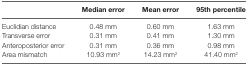
<table><thead><tr><td></td><td><b>Median error</b></td><td><b>Mean error</b></td><td><b>95th percentile</b></td></tr></thead><tbody><tr><td>Euclidian distance</td><td>0.48 mm</td><td>0.60 mm</td><td>1.63 mm</td></tr><tr><td>Transverse error</td><td>0.31 mm</td><td>0.41 mm</td><td>1.30 mm</td></tr><tr><td>Anteroposterior error</td><td>0.31 mm</td><td>0.36 mm</td><td>0.98 mm</td></tr><tr><td>Area mismatch</td><td>10.93 mm<sup>2</sup></td><td>14.23 mm<sup>2</sup></td><td>41.40 mm<sup>2</sup></td></tr></tbody></table>